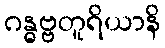
ဂန္ဓဗ္ဗတူရိယာနိ